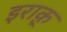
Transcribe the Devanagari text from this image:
इराक़्